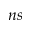
n s